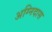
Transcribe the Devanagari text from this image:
अग्निदास